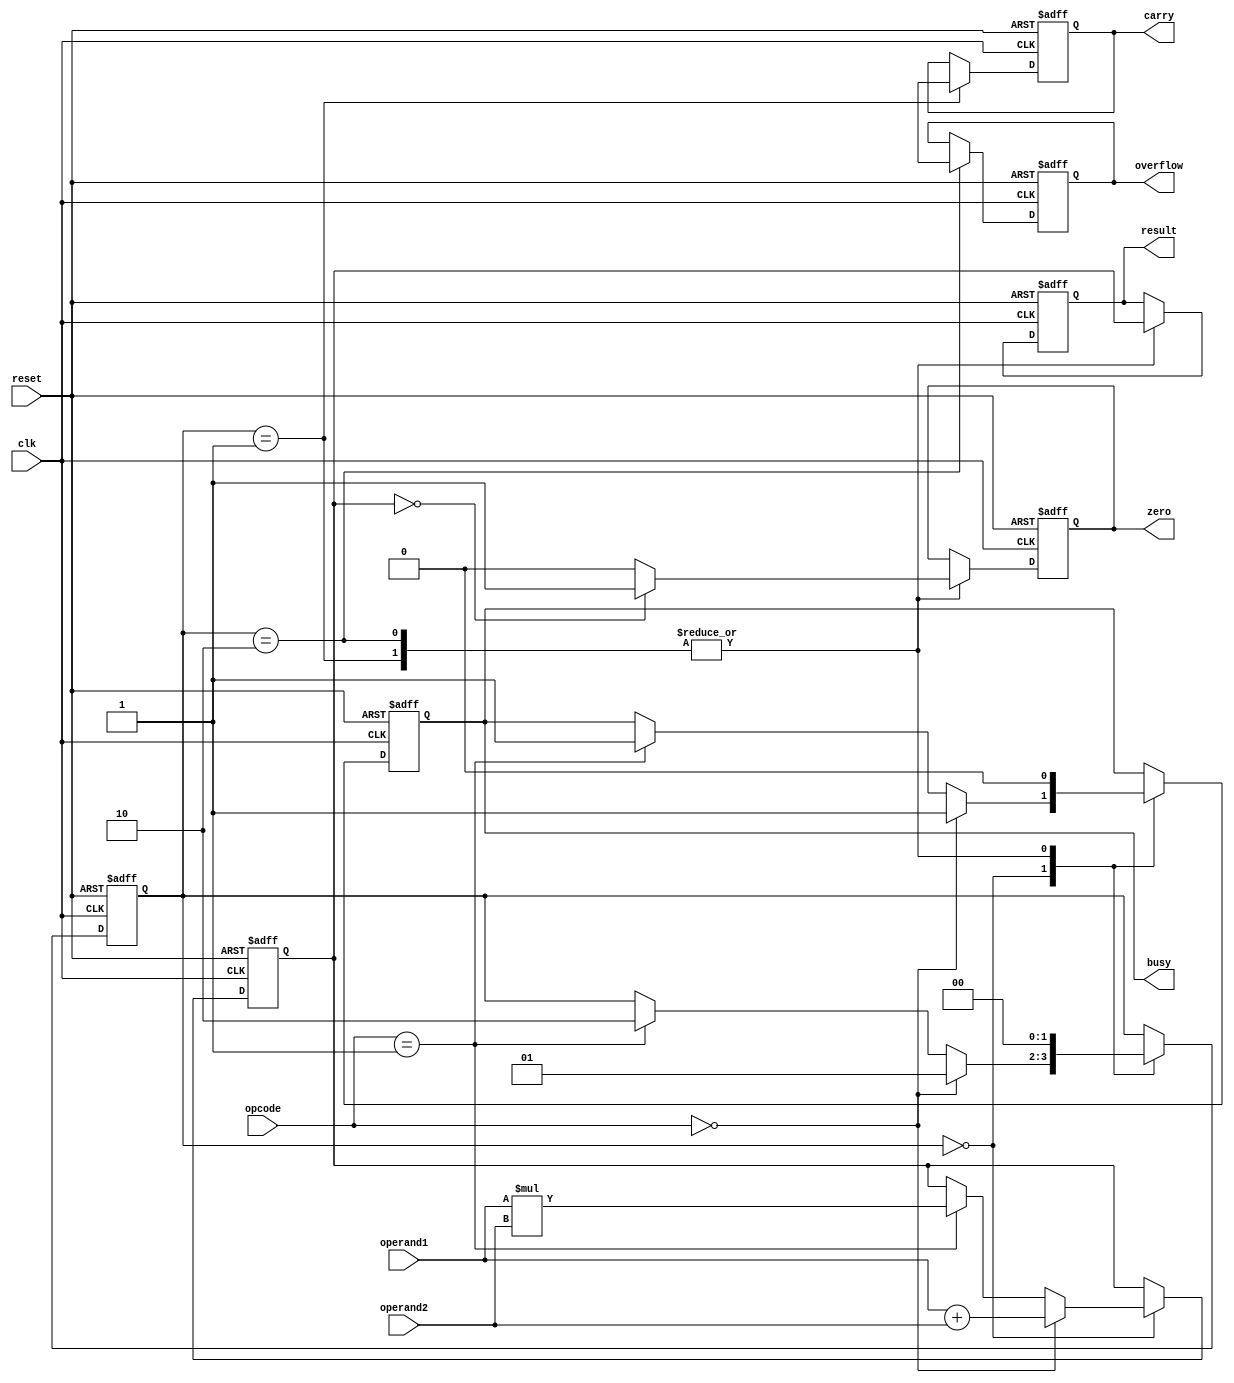
module floating_point_unit (
  input wire clk,
  input wire reset,
  input wire [31:0] operand1,
  input wire [31:0] operand2,
  input wire [3:0] opcode,

  output reg [31:0] result,
  output reg carry,
  output reg overflow,
  output reg zero,

  output reg busy
);

// Components declaration
reg [31:0] temp_result;
reg [31:0] temp_operand1;
reg [31:0] temp_operand2;

// Control Signals
reg [1:0] state;
parameter IDLE = 2'b00;
parameter ADD = 2'b01;
parameter MULTIPLY = 2'b10;

always @(posedge clk or posedge reset) begin
  if (reset) begin
    state <= IDLE;
    temp_result <= 32'd0;
    temp_operand1 <= 32'd0;
    temp_operand2 <= 32'd0;
    result <= 32'd0;
    carry <= 1'b0;
    overflow <= 1'b0;
    zero <= 1'b1;
    busy <= 1'b0;
  end else begin
    case (state)
      IDLE: begin
        if (opcode == 4'b0000) begin
          state <= ADD;
          temp_operand1 <= operand1;
          temp_operand2 <= operand2;
          temp_result <= operand1 + operand2;
          busy <= 1'b1;
        end else if (opcode == 4'b0001) begin
          state <= MULTIPLY;
          temp_operand1 <= operand1;
          temp_operand2 <= operand2;
          temp_result <= operand1 * operand2;
          busy <= 1'b1;
        end
      end
      ADD: begin
        result <= temp_result;
        carry <= temp_result[32];
        state <= IDLE;
        busy <= 1'b0;
        zero <= (temp_result == 32'd0) ? 1'b1 : 1'b0;
      end
      MULTIPLY: begin
        result <= temp_result;
        overflow <= temp_result[32];
        state <= IDLE;
        busy <= 1'b0;
        zero <= (temp_result == 32'd0) ? 1'b1 : 1'b0;
      end
    endcase
  end
end

endmodule